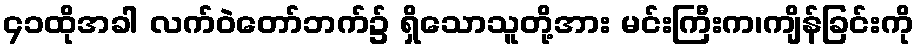
၄၁ထိုအခါ လက်ဝဲတော်ဘက်၌ ရှိသောသူတို့အား မင်းကြီးက၊ကျိန်ခြင်းကို